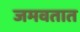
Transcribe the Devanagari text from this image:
जमवतात